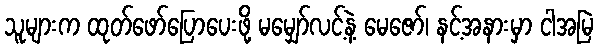
သူများက ထုတ်ဖော်ပြောပေးဖို့ မမျှော်လင့်နဲ့ မေဇော်၊ နင့်အနားမှာ ငါအမြဲ